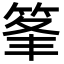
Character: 𥭗